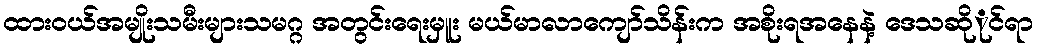
ထားဝယ်အမျိုးသမီးများသမဂ္ဂ အတွင်းရေးမှူး မယ်မာလာကျော်သိန်းက အစိုးရအနေနဲ့ ဒေသဆိုုင်ရာ